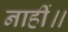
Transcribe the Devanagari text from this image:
नाहीं॥